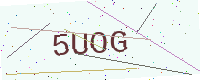
Text: 5UOG